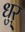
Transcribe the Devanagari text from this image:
धुर्